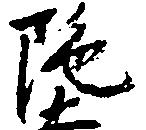
陀